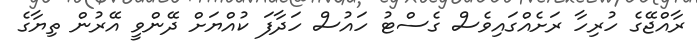
ރާއްޖޭގެ ހުރިހާ ރަށެއްގައިވެސް ގެސްޓު ހައުސް ހަދާފަ ކުއްޔަށް ދޭންވީ އޭރުން ތިޔާގެ